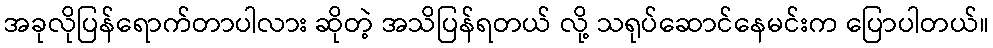
အခုလိုပြန်ရောက်တာပါလား ဆိုတဲ့ အသိပြန်ရတယ် လို့ သရုပ်ဆောင်နေမင်းက ပြောပါတယ်။